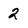
Character: 2